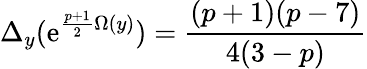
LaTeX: \Delta_{y}(\mathrm{e}^{\frac{{p+1}}{{2}}\Omega(y)})=\frac{{(p+1)(p-7)}}{{4(3-p)}}